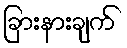
ခြားနားချက်